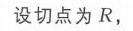
设切点为$R$，